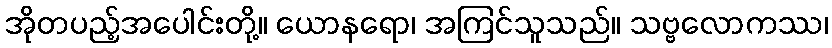
အိုတပည့်အပေါင်းတို့။ ယောနရော၊ အကြင်သူသည်။ သဗ္ဗလောကဿ၊